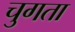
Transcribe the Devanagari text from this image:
चुगता